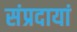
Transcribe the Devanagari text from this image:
संप्रदायां